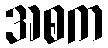
အစက